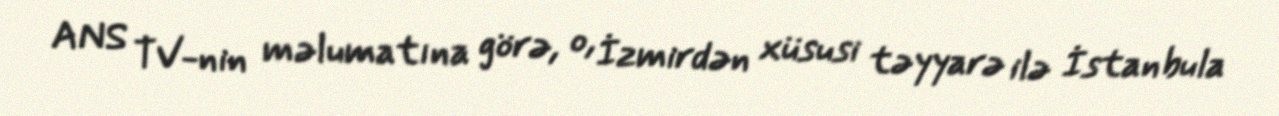
ANS TV-nin məlumatına görə, o, İzmirdən xüsusi təyyarə ilə İstanbula